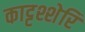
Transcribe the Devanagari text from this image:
काट्टश्शेरि